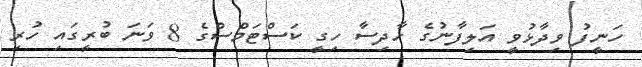
ހަނީފު ވިދާޅުވީ އަލިފާނުގެ ހާދިސާ ހިގީ ކަސްޓަމްސްގެ 8 ވަނަ ބުރީގައި ހުރި